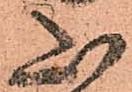
山